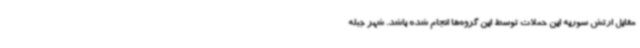
مقابل ارتش سوریه این حملات توسط این گروه‌ها انجام شده باشد. شهر جبله